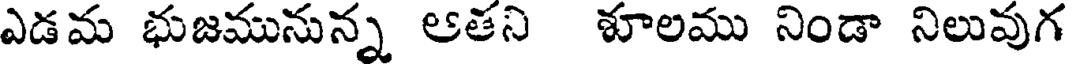
ఎడమ భుజమునున్న ఆతని శూలము నిండా నిలువుగ